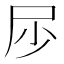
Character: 𱚳